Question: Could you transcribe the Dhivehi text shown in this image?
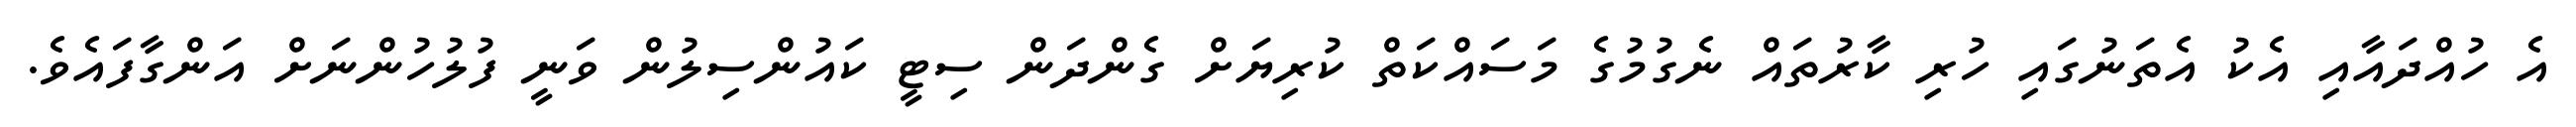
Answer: އެ ހުއްދައާއި އެކު އެތަނުގައި ހުރި ކާރުތައް ނެގުމުގެ މަސައްކަތް ކުރިޔަށް ގެންދަން ސިޓީ ކައުންސިލުން ވަނީ ފުލުހުންނަށް އަންގާފައެވެ.